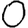
Digit: 0